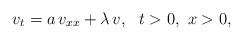
LaTeX: \begin{align*} v_t = a\,v_{xx} + \lambda\,v,\ \ t>0,\ x>0, \end{align*}